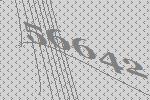
56642